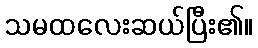
သမထလေးဆယ်ပြီး၏။